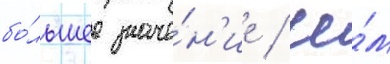
бо́льшее значе́н'ие / че́м